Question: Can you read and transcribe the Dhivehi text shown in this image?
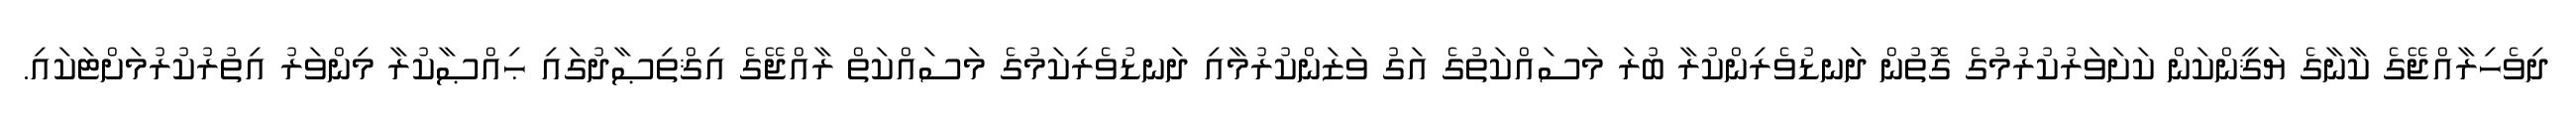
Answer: ދިވެހިރާއްޖޭގެ ކާނާގެ ޔަޤީންކަން ކަށަވަރުކުރުމުގެ ގޮތުން ދަނޑުވެރިންކުރާ ބުރަ މަސައްކަތުގެ އަގު ވަޒަންކުރުމާއި ދަނޑުވެރިކަމުގެ މަސައްކަތް ރާއްޖޭގެ އިޤްތިޞާދުގައި ޙިއްޞާކުރާ މިންވަރު އިތުރުކުރުމަށްޓަކައި.